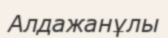
Алдажанұлы